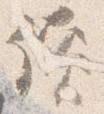
読